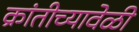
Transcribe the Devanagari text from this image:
क्रांतीच्यावेळी